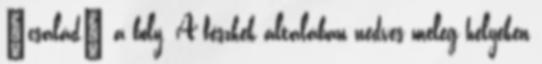
„család” a boly. A fészkek általában nedves meleg helyeken